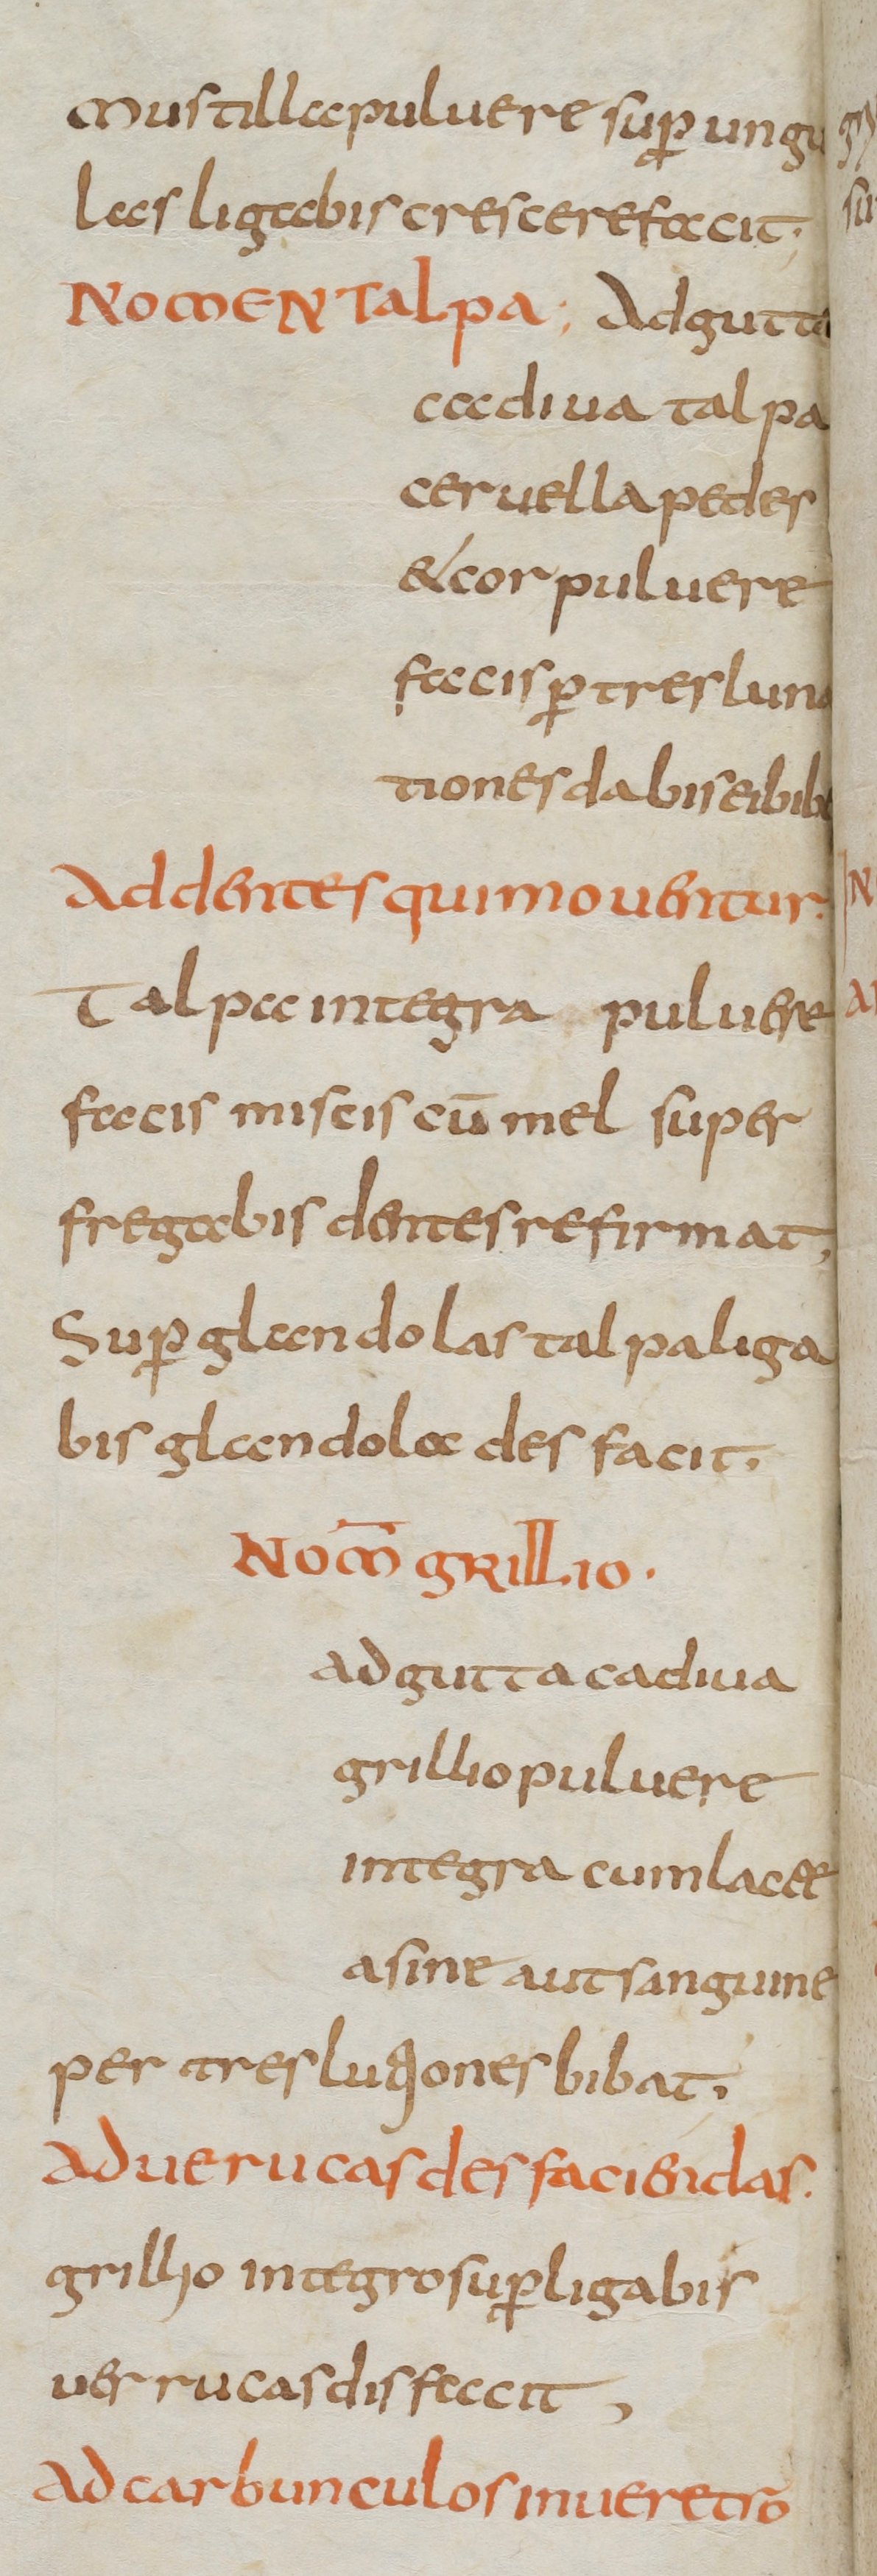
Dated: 800–830